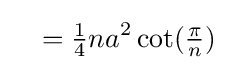
\quad ={\tfrac {1}{4}}na^{2}\cot({\tfrac {\pi }{n}})